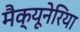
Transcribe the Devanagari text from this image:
मैक्यूनेरिया